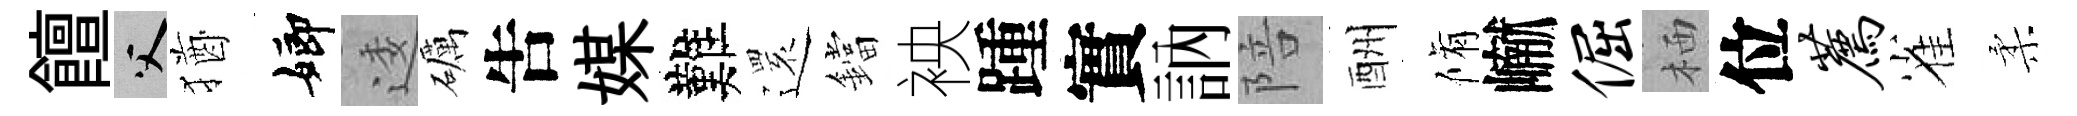
饘父猶嫏逶礪吿媒難𮟃鐺䘧踵實訥陪酬脩𪩘倔栖位荐雀柔